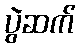
ပွဲဆက်